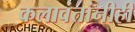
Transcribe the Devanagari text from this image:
कलावंतांनीही